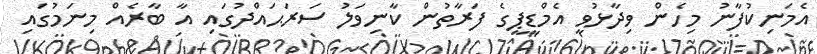
އެމަނިކުފާނު މިހެން ވިދާޅުވީ އެމްޑީޕީގެ ފަރާތުން ކާނިވަލު ސަރަޙައްދުގައި އާ ބާރެއް މިނަމުގައި